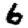
Digit: 6